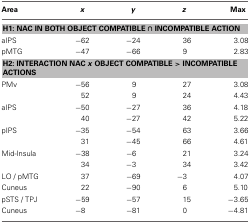
<table><thead><tr><td><b>Area</b></td><td><b><i>x</i></b></td><td><b><i>y</i></b></td><td><b><i>z</i></b></td><td><b>Max</b></td></tr></thead><tbody><tr><td colspan="5"><b>H1: NAC IN BOTH OBJECT COMPATIBLE ∩ INCOMPATIBLE ACTION</b></td></tr><tr><td>aIPS</td><td>−62</td><td>−24</td><td>36</td><td>3.08</td></tr><tr><td>pMTG</td><td>−47</td><td>−66</td><td>9</td><td>2.83</td></tr><tr><td colspan="5"><b>H2: INTERACTION NAC <i>x</i> OBJECT COMPATIBLE &gt; INCOMPATIBLE ACTIONS</b></td></tr><tr><td>PMv</td><td>−56</td><td>9</td><td>27</td><td>3.08</td></tr><tr><td></td><td>52</td><td>9</td><td>24</td><td>4.43</td></tr><tr><td>aIPS</td><td>−50</td><td>−27</td><td>36</td><td>4.18</td></tr><tr><td></td><td>40</td><td>−27</td><td>42</td><td>5.22</td></tr><tr><td>pIPS</td><td>−35</td><td>−54</td><td>63</td><td>3.66</td></tr><tr><td></td><td>31</td><td>−45</td><td>66</td><td>4.61</td></tr><tr><td>Mid-Insula</td><td>−38</td><td>−6</td><td>21</td><td>3.24</td></tr><tr><td></td><td>34</td><td>−3</td><td>34</td><td>3.42</td></tr><tr><td>LO / pMTG</td><td>37</td><td>−69</td><td>−3</td><td>4.07</td></tr><tr><td>Cuneus</td><td>22</td><td>−90</td><td>6</td><td>5.10</td></tr><tr><td>pSTS / TPJ</td><td>−59</td><td>−57</td><td>15</td><td>−3.65</td></tr><tr><td>Cuneus</td><td>−8</td><td>−81</td><td>0</td><td>−4.81</td></tr></tbody></table>